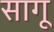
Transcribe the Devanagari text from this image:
सागू